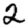
Digit: 2